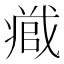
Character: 𭟹